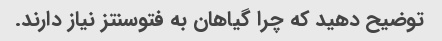
توضیح دهید که چرا گیاهان به فتوسنتز نیاز دارند.